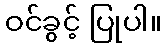
ဝင်ခွင့် ပြုပါ။